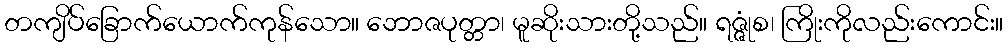
တကျိပ်ခြောက်ယောက်ကုန်သော။ ဘောဇပုတ္တာ၊ မူဆိုးသားတို့သည်။ ရဇ္ဇုံစ၊ ကြိုးကိုလည်းကောင်း။